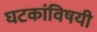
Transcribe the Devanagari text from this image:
घटकांविषयी